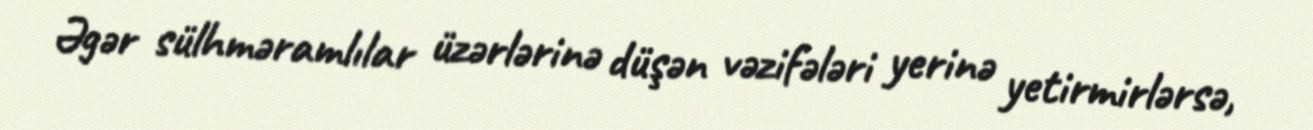
Əgər sülhməramlılar üzərlərinə düşən vəzifələri yerinə yetirmirlərsə,